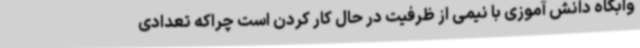
وابگاه دانش آموزی با نیمی از ظرفیت در حال کار کردن است چراکه تعدادی